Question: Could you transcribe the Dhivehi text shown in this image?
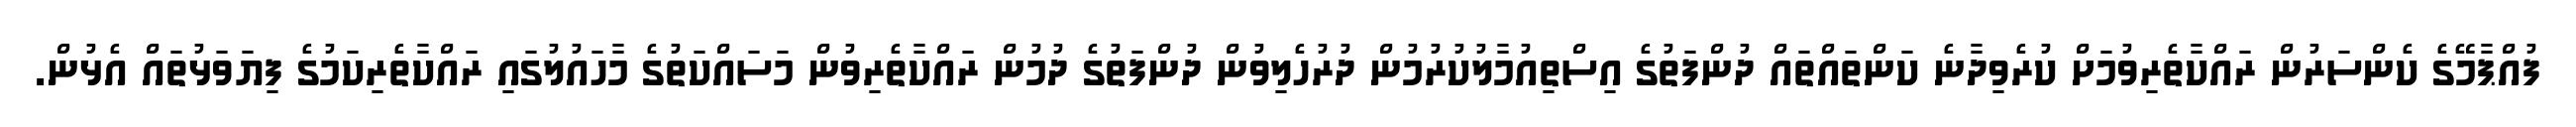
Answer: ފުއްޕާމޭގެ ކެންސަރުން ރައްކާތެރިވުމަށް ކުރެވިދާނެ ކަންތައްތައް ދުންފަތުގެ އިސްތިއުމާލުކުރުމުން ދުރުހެލިވުން ދުންފަތުގެ ދުމުން ރައްކާތެރިވުން މަސައްކަތުގެ މާހައުލުގައި ރައްކާތެރިކަމުގެ ފިޔަވަޅުތައް އެޅުން.